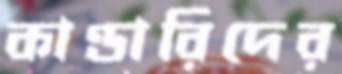
কাণ্ডারিদের